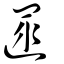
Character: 遝